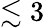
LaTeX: \lesssim 3